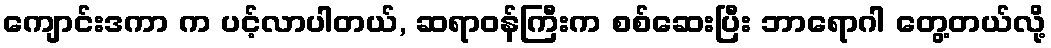
ကျောင်းဒကာ က ပင့်လာပါတယ်, ဆရာဝန်ကြီးက စစ်ဆေးပြီး ဘာရောဂါ တွေ့တယ်လို့